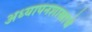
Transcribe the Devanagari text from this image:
अध्यापनशास्त्राचे